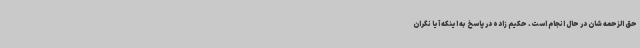
حق الزحمه شان در حال انجام است. حکیم زاده در پاسخ به اینکه آیا نگران